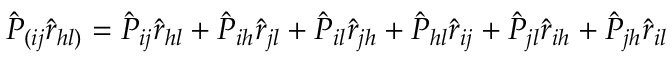
\hat { P } _ { ( i j } \hat { r } _ { h l ) } = \hat { P } _ { i j } \hat { r } _ { h l } + \hat { P } _ { i h } \hat { r } _ { j l } + \hat { P } _ { i l } \hat { r } _ { j h } + \hat { P } _ { h l } \hat { r } _ { i j } + \hat { P } _ { j l } \hat { r } _ { i h } + \hat { P } _ { j h } \hat { r } _ { i l }